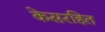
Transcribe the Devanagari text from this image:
केसरहित